Report of an investigation of the epidemic of malarial fever in Assam, or, kala-azar
Disease focus: Malaria
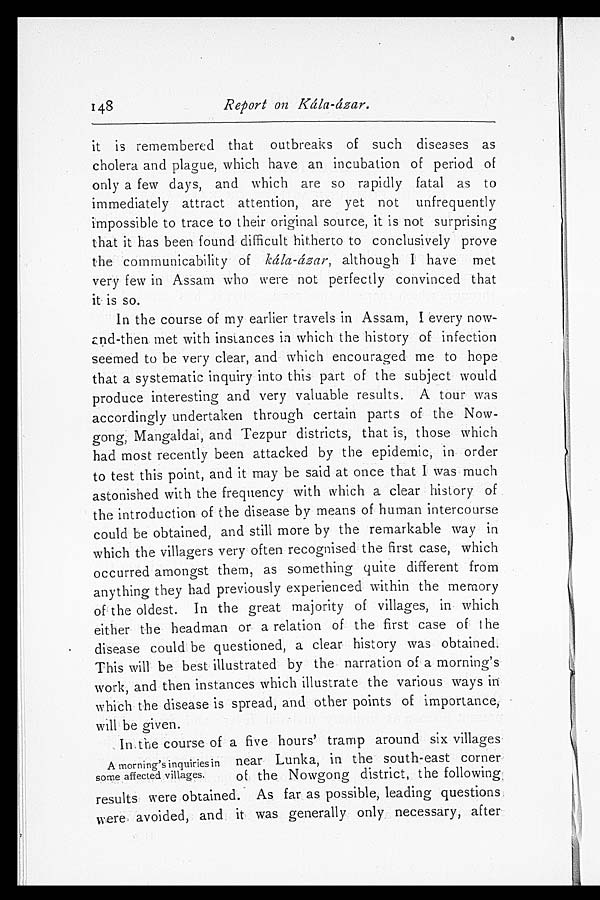
148
Report on Kála-ázar.
it is remembered that outbreaks of such diseases as
cholera and plague, which have an incubation of period of
only a few days, and which are so rapidly fatal as to
immediately attract attention, are yet not unfrequently
impossible to trace to their original source, it is not surprising
that it has been found difficult hitherto to conclusively prove
the communicability of Ká la-ázar, although I have met
very few in Assam who were not perfectly convinced that
it is so.
In the course of my earlier travels in Assam, I every now
- a n d - t h e n m e t w i t h i n s t a n c e s i n w h i c h t h e h i s t o r y o f i n f e c t i o n
seemed to be very clear, and which encouraged me to hope
that a systematic inquiry into this part of the subject would
produce interesting and very valuable results. A tour was
accordingly undertaken through certain parts of the Now-
gong, Mangaldai, and Tezpur districts, that is, those which
had most recently been attacked by the epidemic, in order
to test this point, and it may be said at once that I was much
astonished with the frequency with which a clear history of
the introduction of the disease by means of human intercourse
could be obtained, and still more by the remarkable way in
which the villagers very often recognised the first case, which
occurred amongst them, as something quite different from
anything they had previously experienced within the memory
of the oldest. In the great majority of villages, in which
either the headman or a relation of the first case of t he
disease could be questioned, a clear history was obtained.
This will be best illustrated by the narration of a morning's
work, and then instances which illustrate the various ways in
which the disease is spread, and other points of importance,
will be given.
In the course of a five hours' tramp around six villages
A morning's inquiries in near Lunka, in the south-east corner
some affected villages. of the Nowgong district, the following
results were obtained. As far as possible, leading questions
were avoided, and it was generally only necessary, after